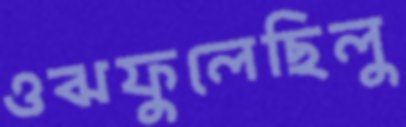
ওঝফুলেছিলু